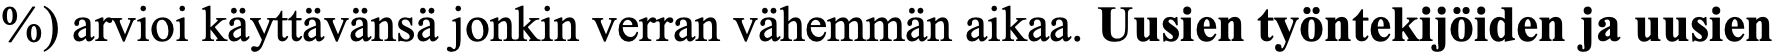
%) arvioi käyttävänsä jonkin verran vähemmän aikaa. Uusien työntekijöiden ja uusien